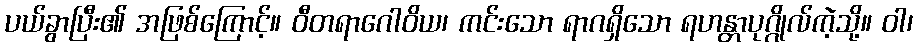
ပယ်ခွာပြီး၏ အဖြစ်ကြောင့်။ ဝီတရာဂေါဝိယ၊ ကင်းသော ရာဂရှိသော ရဟန္တာပုဂ္ဂိုလ်ကဲ့သို့။ ဝါ၊